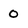
Character: 0